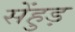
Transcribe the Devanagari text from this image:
सेंहुड़